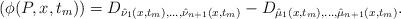
LaTeX: \begin{align*} (\phi(P,x,t_{m}))=D_{\hat{\nu}_{1}(x,t_{m}),\ldots,\hat{\nu}_{n+1}(x,t_{m})}-D_{\hat{\mu}_{1}(x,t_{m}),\ldots,\hat{\mu}_{n+1}(x,t_{m})}.\end{align*}